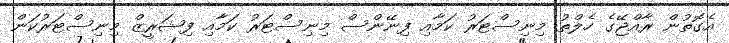
އެގޮތުން ރާއްޖޭގެ ހެލްތު މިނިސްޓަރު ކަމާއި ފިނޭންސް މިނިސްޓަރު ކަމާއި ފިޝަރީޒް މިނިސްޓަރުކަން